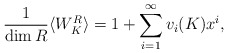
\begin{align*}{1 \over {\rm dim}\, R}\langle W_K^R \rangle = 1 + \sum_{i=1}^{\infty} v_i(K)x^i,\end{align*}